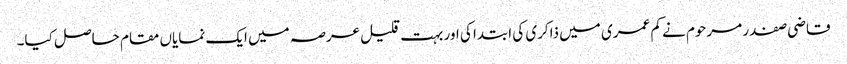
قاضی صفدر مرحوم نے کم عمری میں ذاکری کی ابتدا کی اور بہت قلیل عرصہ میں ایک نمایاں مقام حاصل کیا۔